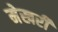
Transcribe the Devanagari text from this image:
मेखरी